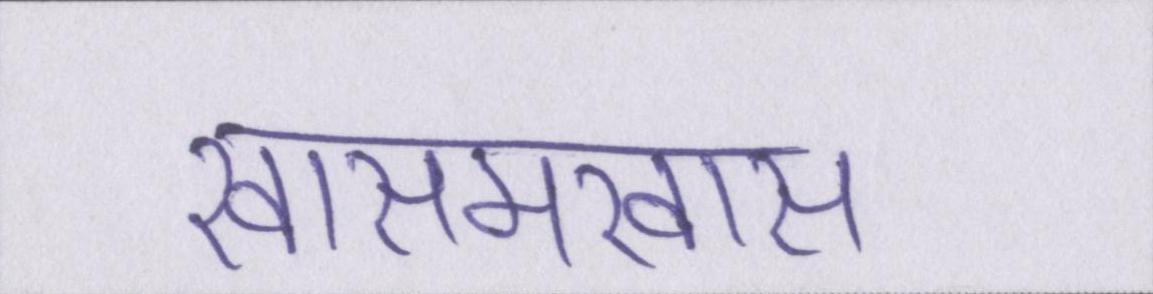
खासमखास